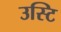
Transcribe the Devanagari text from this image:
उस्टि